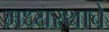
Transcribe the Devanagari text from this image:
मध्यस्थाचे